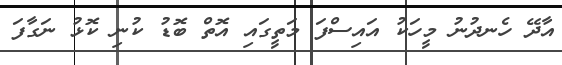
އާދޭ ހެނދުނު މީހަކު އައިސްފަ މަތީގައި އޮތް ބޮޑު ކުނި ކޮޅު ނަގާފަ